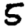
Digit: 5